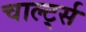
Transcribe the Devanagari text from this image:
चार्ल्ट्स